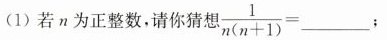
1)若n为正整数，请你猜想 $$\frac { 1}